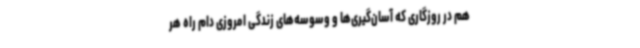
هم در روزگاری که آسان‌گیری‌ها و وسوسه‌های زندگی امروزی دام راه هر